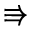
\Rrightarrow